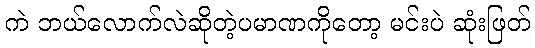
ကဲ ဘယ်လောက်လဲဆိုတဲ့ပမာဏကိုတော့ မင်းပဲ ဆုံးဖြတ်